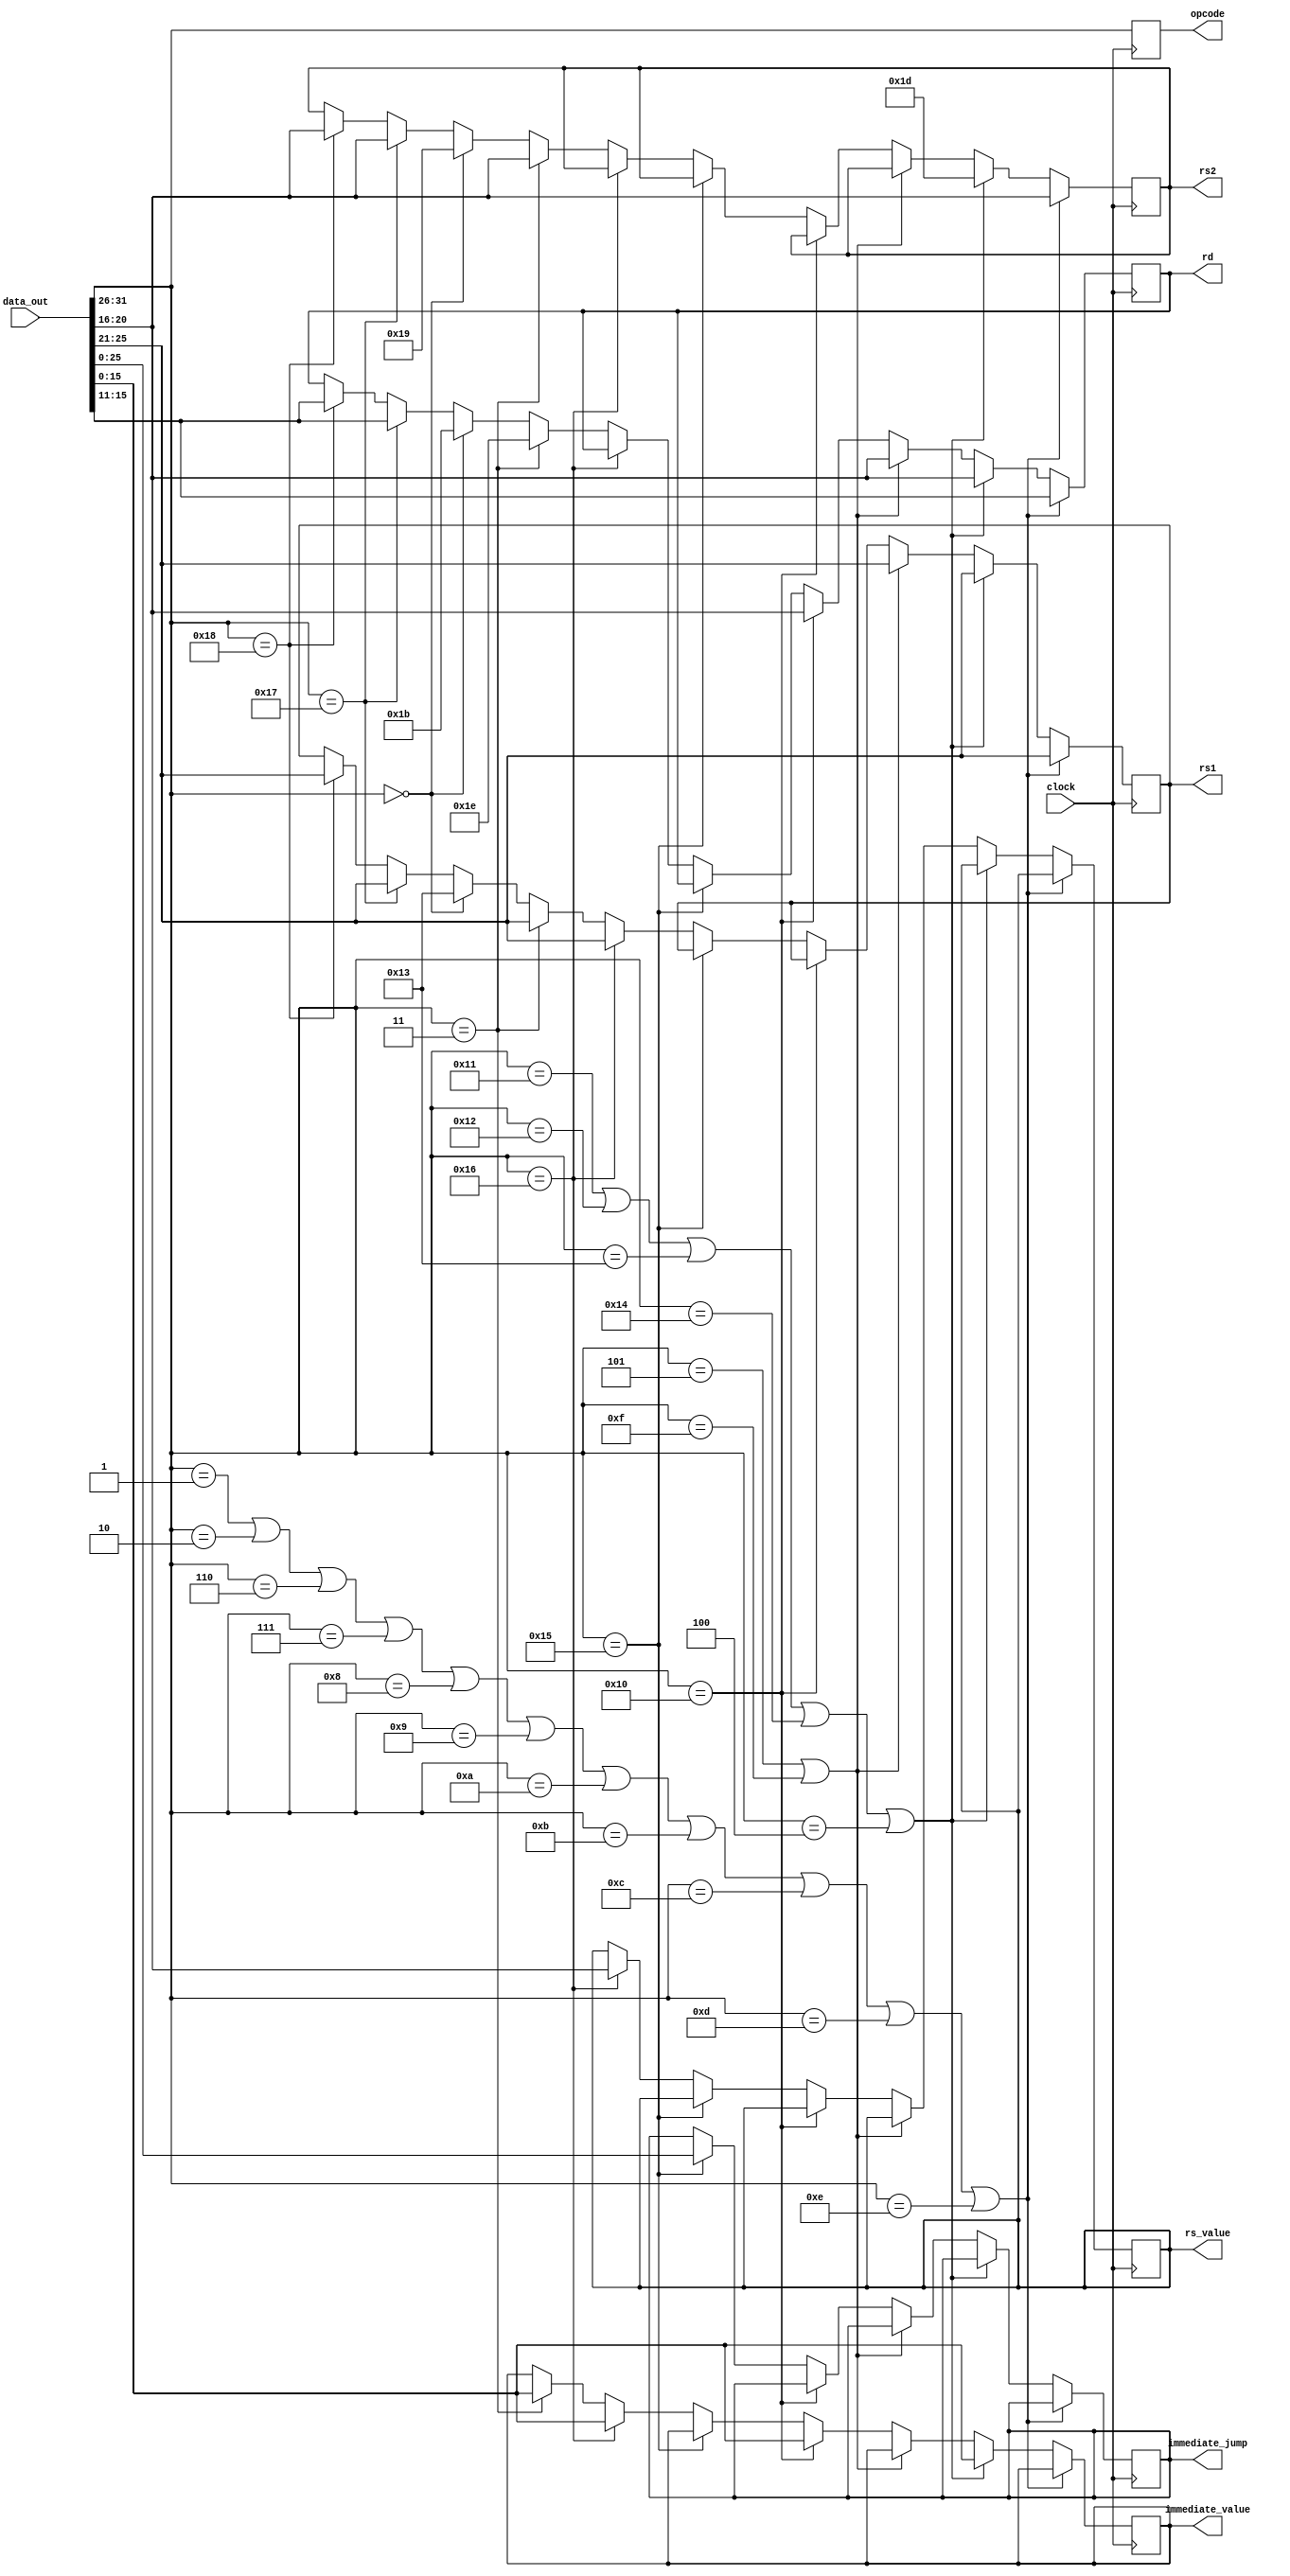
module instruction_register(opcode,rs1,rs2,rd,immediate_value,immediate_jump,rs_value,data_out,clock);

output reg[5:0]opcode;
output reg[4:0]rs1;
output reg[4:0]rs2;
output reg[4:0]rd;
output reg[15:0]immediate_value;
output reg[25:0]immediate_jump;
output reg[4:0] rs_value;
input [31:0] data_out;
input clock;

parameter NOP = 6'b0;
parameter ADD = 6'b1;
parameter SUB = 6'b10;
parameter STORE = 6'b11;
parameter LOAD= 6'b100;
parameter MOVE = 6'b101;
parameter SGE = 6'b110;
parameter SLE = 6'b111;
parameter SGT = 6'b1000;
parameter SLT = 6'b1001;
parameter SEQ = 6'b1010;
parameter SNE = 6'b1011;
parameter AND = 6'b1100;
parameter OR = 6'b1101;
parameter XOR= 6'b1110;
parameter NOT = 6'b1111;
parameter MOVEI = 6'b10000;
parameter SLI = 6'b10001;
parameter SRI = 6'b10010;
parameter ADDI = 6'b10011;
parameter SUBI = 6'b10100;
parameter JUMP = 6'b10101;
parameter BRA = 6'b10110;
parameter ADDF = 6'b10111;
parameter MULF = 6'b 11000;

always@(posedge clock)
begin
   
    opcode = data_out[31:26];

    if(opcode ==  ADD || opcode == SUB || opcode == SGE || opcode == SLE || opcode == SGT ||opcode == SLT || opcode == SEQ || 
        opcode == SNE || opcode == AND || opcode == OR || opcode == XOR ) 
    begin
    rs1 <= data_out[25:21];
    rs2 <= data_out[20:16];
    rd <= data_out[15:11];
    end
   
    else if(opcode == SLI || opcode == SRI ||  opcode == ADDI || opcode == SUBI || opcode == LOAD)
    begin
    immediate_value = data_out[15:0];
    rd  = data_out[20:16];
    rs1 = data_out[25:21];
    rs2 = 5'b11101;
    end

    else if(opcode == MOVE || opcode == NOT)
    begin
    rd = data_out[20:16];
    rs1 = data_out[25:21];
    end

    else if(opcode == MOVEI )
    begin
    rd = data_out[20:16];
    immediate_value = data_out[15:0];
    end
    
    else if(opcode == JUMP )
    begin
    immediate_jump = data_out[25:0];
    end

    else if(opcode == BRA )
    begin
    rs1 = data_out[25:21];
    rs_value = data_out[20:16];
    immediate_value = data_out[15:0];
    end  
    
 else if ( opcode == STORE )
 begin
 rs2  = data_out[20:16];
 rs1 <= data_out[25:21];
 rd <=  5'b11110;
 immediate_value = data_out[15:0];
 end


    else if(opcode == NOP) 
    begin  
    rs1 <= 5'b10011;
    rs2 <= 5'b11001;
    rd <=  5'b11011;
    end

    else if (opcode == ADDF)
    begin
    rs1 <= data_out[25:21];
    rs2 <= data_out[20:16];
    rd <= data_out[15:11];
    end

    else if (opcode == MULF)
    begin
    rs1 <= data_out[25:21];
    rs2 <= data_out[20:16];
    rd <= data_out[15:11];
    end
end

endmodule